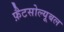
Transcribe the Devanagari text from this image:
फ़ैटसोल्यूबल